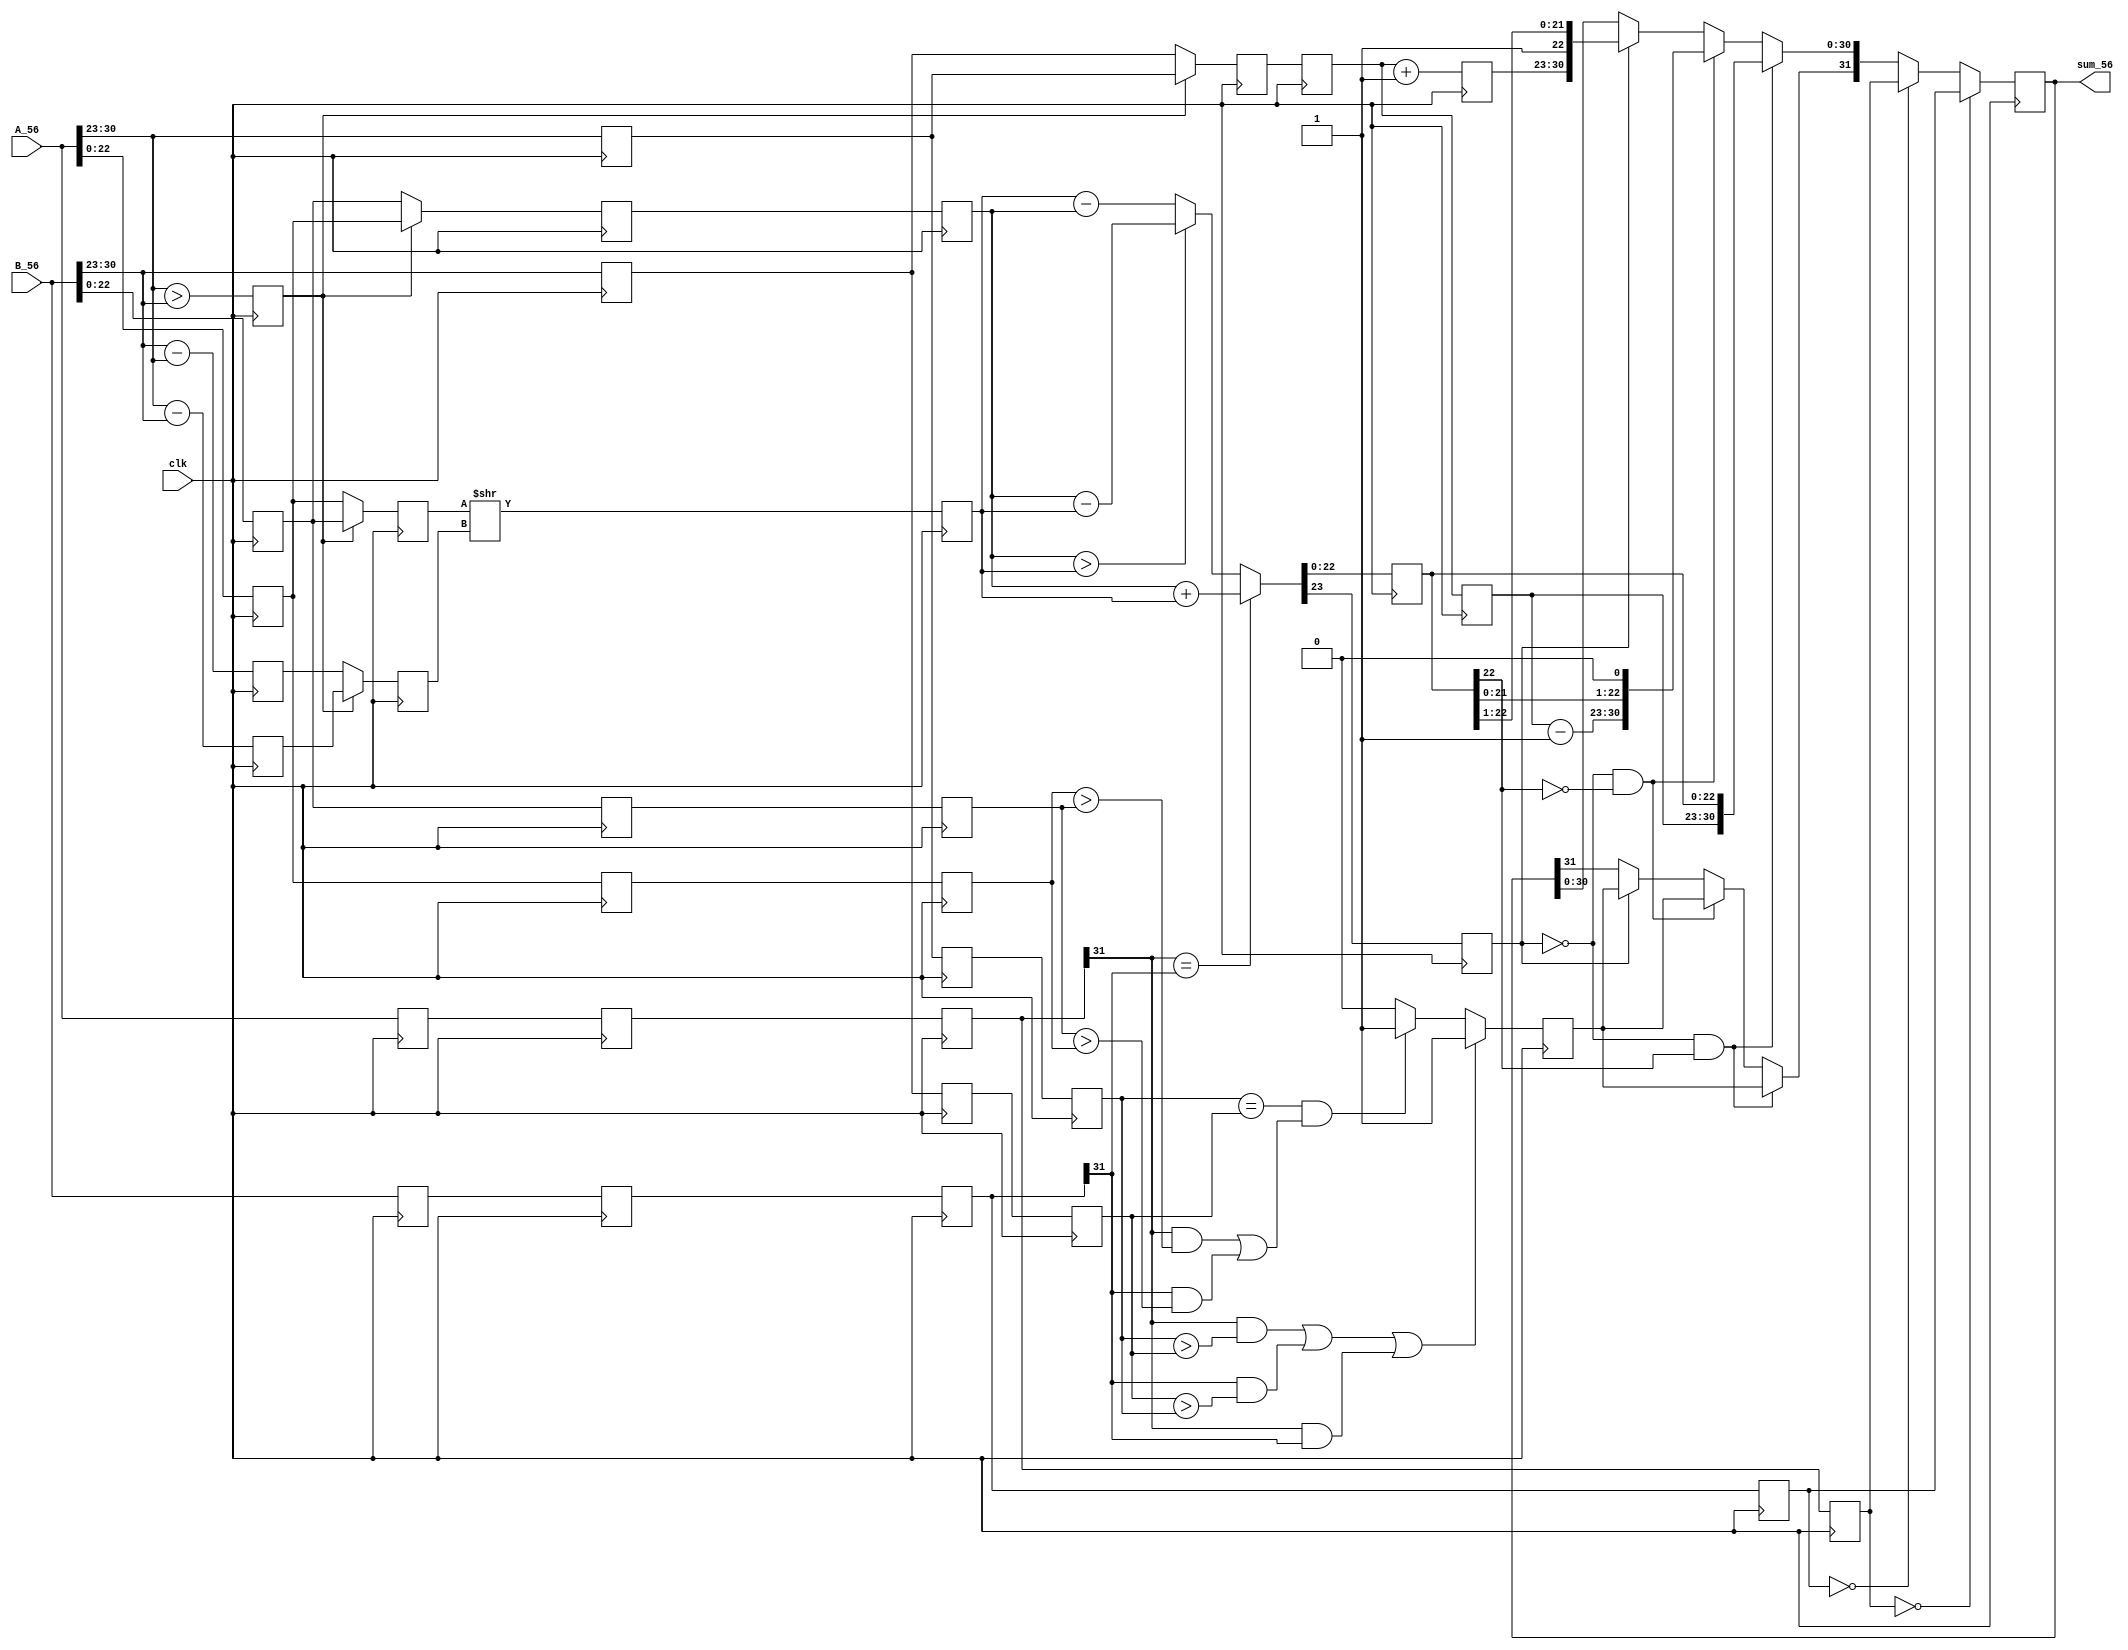
module FPAdder(
  input 			 clk,
  input	[31:0] A_56,
  input 	[31:0] B_56,
  output reg  [31:0] sum_56
);  

//Register and Wire declaration
	wire			 sA_56;
	wire			 sB_56;
	wire	 [7:0] eA_56;
	wire	 [7:0] eB_56;
	wire	[22:0] mA_56;
	wire	[22:0] mB_56;
	
  reg 	[22:0]t_mA_56;
  reg 	[22:0]t_mB_56;
  reg 	[7:0]t_eA_56;
  reg 	[7:0]t_eB_56;
	reg	   	 eA_larger_eB_56;
  reg	 [7:0] eA_minus_eB_56;
  reg	 [7:0] eB_minus_eA_56;
	
	reg	 [7:0] e_diff_56;
	reg  [22:0] m_small_56;
	reg  [22:0] m_large_56;
	reg	 [7:0] e_small_56;
	reg	 [7:0] e_large_56;
		
	reg	[22:0] m_shifted_56;
		
	reg	[22:0] m_sum_56;
	reg 			 m_of_56;
	reg		    sum_sign_56=0;
	
  reg [7:0]	e_large_of_56;
  reg [7:0]	e_large_nof_56;
	
	reg   [31:0] s1_A_56;
	reg   [31:0] s1_B_56;
	reg    [7:0] s1_eA_56;
	reg    [7:0] s1_eB_56;
	reg   [22:0] s1_mA_56;
	reg   [22:0] s1_mB_56;
	
	reg   [31:0] s2_A_56;
	reg   [31:0] s2_B_56;
	reg    [7:0] s2_eA_56;
	reg    [7:0] s2_eB_56;
	reg   [22:0] s2_mA_56;
	reg   [22:0] s2_mB_56;
	
	reg   [31:0] s3_A_56;
	reg   [31:0] s3_B_56;
	reg    [7:0] s3_eA_56;
	reg    [7:0] s3_eB_56;
	reg   [22:0] s3_mA_56;
	reg   [22:0] s3_mB_56;
	
	reg   [31:0] s4_A_56;
	reg   [31:0] s4_B_56;
	reg    [7:0] s4_eA_56;
	reg    [7:0] s4_eB_56;
	reg   [22:0] s4_mA_56;
	reg   [22:0] s4_mB_56;
	
  reg	   	 s1_eA_larger_eB_56;
  reg	 [7:0] s1_eA_minus_eB_56;
  reg	 [7:0] s1_eB_minus_eA_56;
	reg	 [7:0] s1_e_diff_56;
	reg 	[22:0] s1_m_small_56;
	reg 	[22:0] s1_m_large_56;
	reg	 [7:0] s1_e_small_56;
	reg	 [7:0] s1_e_large_56;
	reg	[22:0] s1_m_shifted_56;
	reg	[22:0] s1_m_sum_56;
	reg 			 s1_m_of_56;
	reg		    s1_sum_sign_56=0;
	reg [7:0]	 s1_e_large_of_56;
  reg [7:0]	 s1_e_large_nof_56;
	
  reg	   	 s2_eA_larger_eB_56;
  reg	 [7:0] s2_eA_minus_eB_56;
  reg	 [7:0] s2_eB_minus_eA_56;
	reg	 [7:0] s2_e_diff_56;
	reg 	[22:0] s2_m_small_56;
	reg 	[22:0] s2_m_large_56;
	reg	 [7:0] s2_e_small_56;
	reg	 [7:0] s2_e_large_56;
	reg	[22:0] s2_m_shifted_56;
	reg	[22:0] s2_m_sum_56;
	reg 			 s2_m_of_56;
	reg		    s2_sum_sign_56=0;
	reg [7:0]	 s2_e_large_of_56;
  reg [7:0]	 s2_e_large_nof_56;	
	
  reg	   	 s3_eA_larger_eB_56;
  reg	 [7:0] s3_eA_minus_eB_56;
  reg	 [7:0] s3_eB_minus_eA_56;
	reg	 [7:0] s3_e_diff_56;
	reg 	[22:0] s3_m_small_56;
	reg 	[22:0] s3_m_large_56;
	reg	 [7:0] s3_e_small_56;
	reg	 [7:0] s3_e_large_56;
	reg	[22:0] s3_m_shifted_56;
	reg	[22:0] s3_m_sum_56;
	reg 			 s3_m_of_56;
	reg		    s3_sum_sign_56=0;
	reg [7:0]	 s3_e_large_of_56;
  reg [7:0]	 s3_e_large_nof_56;	

  reg	   	 s4_eA_larger_eB_56;
  reg	 [7:0] s4_eA_minus_eB_56;
  reg	 [7:0] s4_eB_minus_eA_56;
	reg	 [7:0] s4_e_diff_56;
	reg 	[22:0] s4_m_small_56;
	reg 	[22:0] s4_m_large_56;
	reg	 [7:0] s4_e_small_56;
	reg	 [7:0] s4_e_large_56;
	reg	[22:0] s4_m_shifted_56;
	reg	[22:0] s4_m_sum_56;
	reg 			 s4_m_of_56;
	reg		    s4_sum_sign_56=0;
	reg [7:0]	 s4_e_large_of_56;
  reg [7:0]	 s4_e_large_nof_56;

	assign   eA_56[7:0] = A_56[30:23];
	assign  mA_56[22:0] = A_56[22:0];
	assign   eB_56[7:0] = B_56[30:23];
	assign  mB_56[22:0] = B_56[22:0];
	
	
	always@(posedge clk)
		begin
		  t_mA_56 <= A_56[22:0];
		  t_mB_56 <= B_56[22:0];
        t_eA_56 <= A_56[30:23];
		  t_eB_56 <= B_56[30:23];
		end
	
//Stage 1 
	always@(posedge clk)
		begin
			 s1_eA_larger_eB_56 <= (eA_56 > eB_56);
			 s1_eA_minus_eB_56  <=  eA_56 - eB_56;
			 s1_eB_minus_eA_56  <=  eB_56 - eA_56;
			
 			 s1_e_diff_56 <= 0;
			 s1_m_small_56 <= 0;
			 s1_m_large_56 <= 0;
			 s1_e_small_56 <= 0;
			 s1_e_large_56 <= 0;
			 s1_m_shifted_56 <= 0;
			 s1_m_sum_56 <= 0;
			 s1_m_of_56 <= 0;
			 s1_sum_sign_56 <= 0;
			 s1_e_large_of_56 <= 0;
			 s1_e_large_nof_56 <= 0;
			 
			 s1_A_56 <= A_56;
			 s1_B_56 <= B_56;
			 s1_eA_56 <= eA_56;
			 s1_eB_56 <= eB_56;
			 s1_mA_56 <= mA_56;
			 s1_mB_56 <= mB_56;
	 	end

//Stage 2
	always@(posedge clk)
		begin
		
			s2_e_small_56 <= s1_eA_larger_eB_56 ? s1_eB_56 : s1_eA_56;
			s2_m_small_56 <= s1_eA_larger_eB_56 ? s1_mB_56 : s1_mA_56;
			s2_e_large_56 <= s1_eA_larger_eB_56 ? s1_eA_56 : s1_eB_56;
			s2_m_large_56 <= s1_eA_larger_eB_56 ? s1_mA_56 : s1_mB_56;
			s2_e_diff_56  <= s1_eA_larger_eB_56 ? s1_eA_minus_eB_56 : s1_eB_minus_eA_56;
	
			s2_m_shifted_56	<=	s1_m_shifted_56;
			s2_m_sum_56			<=	s1_m_sum_56;
			s2_m_of_56			<=	s1_m_of_56;
			s2_sum_sign_56		<=	s1_sum_sign_56;
			s2_e_large_of_56	<=	s1_e_large_of_56;
			s2_e_large_nof_56	<=	s1_e_large_nof_56;
			
			s2_A_56 <= s1_A_56; 
			s2_B_56 <= s1_B_56; 
			s2_eA_56 <= s1_eA_56; 
			s2_eB_56 <= s1_eB_56;
			s2_mA_56 <= s1_mA_56;
			s2_mB_56 <= s1_mB_56;
			
		end

//Stage 3
	always@(posedge clk)
		begin
			s3_m_shifted_56 <= s2_m_small_56 >> s2_e_diff_56;
			
	 		s3_eA_larger_eB_56<=	s2_eA_larger_eB_56;
			s3_eA_minus_eB_56	<=	s2_eA_minus_eB_56;
			s3_eB_minus_eA_56	<=	s2_eB_minus_eA_56;
			s3_e_diff_56		<=	s2_e_diff_56;
			s3_m_small_56		<=	s2_m_small_56;
			s3_m_large_56		<=	s2_m_large_56;
			s3_e_small_56		<=	s2_e_small_56;
			s3_e_large_56		<=	s2_e_large_56;
			s3_m_sum_56			<=	s2_m_sum_56;
			s3_m_of_56			<=	s2_m_of_56;
			s3_sum_sign_56		<=	s2_sum_sign_56;
			s3_e_large_of_56	<=	s2_e_large_of_56;
			s3_e_large_nof_56	<=	s2_e_large_nof_56;
			
			s3_A_56 <= s2_A_56; 
			s3_B_56 <= s2_B_56; 
			s3_eA_56 <= s2_eA_56; 
			s3_eB_56 <= s2_eB_56;
			s3_mA_56 <= s2_mA_56;
			s3_mB_56 <= s2_mB_56;
						
		end

//Stage 4
	always@(posedge clk)
		begin
				if(s3_A_56[31] == s3_B_56[31])
				  begin
					 {s4_m_of_56,s4_m_sum_56} <= s3_m_large_56 + s3_m_shifted_56;
					 s4_e_large_of_56 <= s3_e_large_56 + 1;
					 s4_e_large_nof_56 <= s3_e_large_56;
				  end
				else
				  begin
					 if(s3_m_large_56 > s3_m_shifted_56)
					   begin
						 {s4_m_of_56,s4_m_sum_56} <= s3_m_large_56 - s3_m_shifted_56;
						 s4_e_large_of_56 <= s3_e_large_56 + 1;
						 s4_e_large_nof_56 <= s3_e_large_56;
						end 
					  else
					   begin
						 {s4_m_of_56,s4_m_sum_56} <= s3_m_shifted_56 - s3_m_large_56;
						 s4_e_large_of_56 <= s3_e_large_56 + 1;
						 s4_e_large_nof_56 <= s3_e_large_56;
						end 	
				  end
	
	
				if((s3_A_56[31]==1 & (s3_eA_56 > s3_eB_56))|(s3_B_56[31]==1 & (s3_eB_56 > s3_eA_56))|(s3_A_56[31]==1 & s3_B_56[31]==1))		//if A is negative and larger
					begin
						s4_sum_sign_56 <= 1;
					end
				else if((s3_eA_56 == s3_eB_56) & ((s3_A_56[31]==1 & (s3_mA_56 > s3_mB_56)) | (s3_B_56[31]==1 & (s3_mB_56 > s3_mA_56))))
					begin
						s4_sum_sign_56 <= 1;
					end
				else
					begin
						s4_sum_sign_56 <= 0;
					end	
				
	
			s4_eA_larger_eB_56<=	s3_eA_larger_eB_56;	
			s4_eA_minus_eB_56	<=	s3_eA_minus_eB_56;
			s4_eB_minus_eA_56	<=	s3_eB_minus_eA_56;	
			s4_e_diff_56		<=	s3_e_diff_56;
			s4_m_small_56		<=	s3_m_small_56;
			s4_m_large_56		<=	s3_m_large_56;
			s4_e_small_56		<=	s3_e_small_56;
			s4_e_large_56		<=	s3_e_large_56;
			s4_m_shifted_56	<=	s3_m_shifted_56;

			
			s4_A_56 <= s3_A_56;
			s4_B_56 <= s3_B_56;
			s4_eA_56 <= s3_eA_56;
			s4_eB_56 <= s3_eB_56;
			s4_mA_56 <= s3_mA_56;
			s4_mB_56 <= s3_mB_56;
			
		end

//Stage 5
	always@(posedge clk)
		begin
			if(s4_A_56==32'b0)
			  begin
				 sum_56 = s4_B_56;
			  end
			else if(s4_B_56==32'b0)
			  begin
				 sum_56 = s4_A_56;
			  end
			else
			  begin
					if(s4_m_of_56==0 && s4_m_sum_56[22]==1)
					  begin
						 sum_56[31]   = s4_sum_sign_56;
						 sum_56[30:0] = {s4_e_large_nof_56,s4_m_sum_56};
					  end
					else if(s4_m_of_56==0 && s4_m_sum_56[22]==0)
					  begin
						 sum_56[31]   = s4_sum_sign_56;
						 sum_56[30:0] = {s4_e_large_nof_56-1,s4_m_sum_56[21:0],1'b0};
					  end	 
					else if(s4_m_of_56==1)
					  begin
						 sum_56[31]   = s4_sum_sign_56;
						 sum_56[30:0] = {s4_e_large_of_56,1'b1,s4_m_sum_56[22:1]}; 
					  end	 
				end
		end
			
endmodule